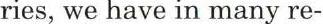
ries, we have in many re-